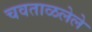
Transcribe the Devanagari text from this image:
चवताळलेले